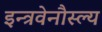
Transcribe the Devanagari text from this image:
इन्त्रवेनौस्ल्य